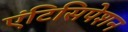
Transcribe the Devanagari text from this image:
एंटिसिपेशन